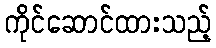
ကိုင်ဆောင်ထားသည့်